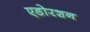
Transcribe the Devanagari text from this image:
एडोरशन